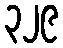
၃၂၉